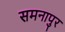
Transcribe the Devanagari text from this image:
समनापुर